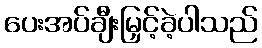
ပေးအပ်ချီးမြှင့်ခဲ့ပါသည်